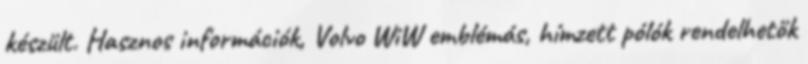
készült. Hasznos információk, Volvo WiW emblémás, hímzett pólók rendelhetők